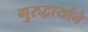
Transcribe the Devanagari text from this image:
गुरुद्वार्याचे